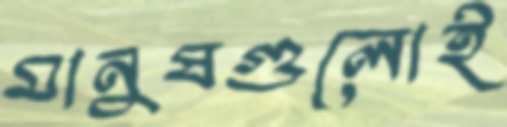
মানুষগুলোই